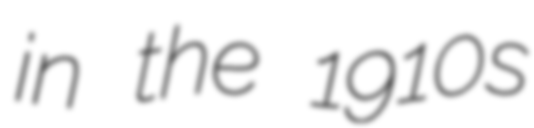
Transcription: in the 1910s